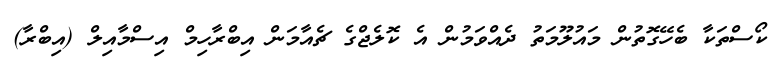
ކޯސްތަކާ ބެހޭގޮތުން މައުލޫމަތު ދެއްވަމުން އެ ކޮލެޖްގެ ޗެއާމަން އިބްރާހިމް އިސްމާއިލް (އިބްރާ)